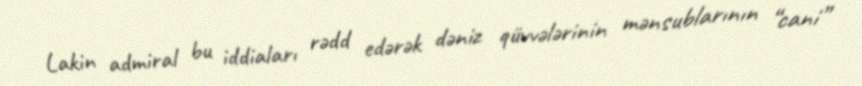
Lakin admiral bu iddiaları rədd edərək dəniz qüvvələrinin mənsublarının “cani”